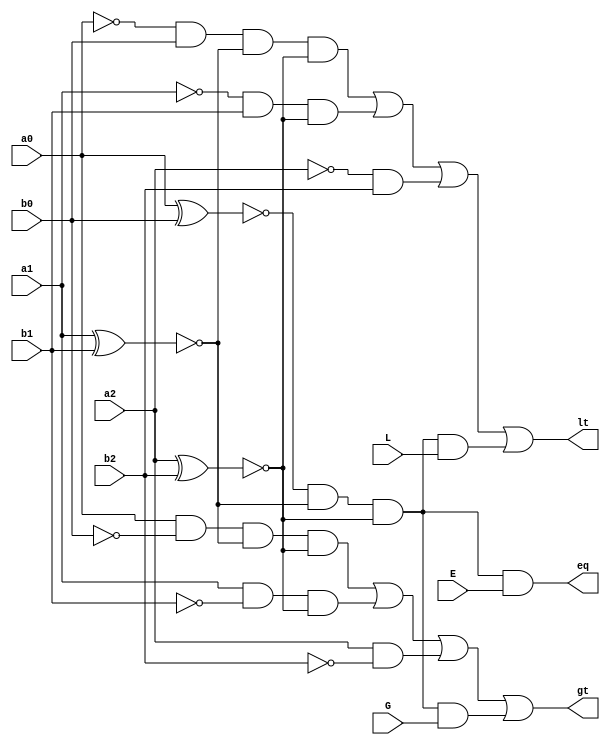
`timescale 1ns / 1ps
//////////////////////////////////////////////////////////////////////////////////
// Company: 
// Engineer: 
// 
// Design Name: 
// Module Name:    comparator_3bit 
// Project Name: 
// Target Devices: 
// Tool versions: 
// Description: 
//
// Dependencies: 
//
// Revision: 
// Revision 0.01 - File Created
// Additional Comments: 
//
//////////////////////////////////////////////////////////////////////////////////
module comparator_3bit(a0, a1, a2, b0, b1, b2, L, E, G, lt, eq, gt);
	input a0, a1, a2, b0, b1, b2, L, E, G;
	output lt, eq, gt;

	wire a0_not, a1_not, a2_not, b0_not, b1_not, b2_not;
	wire x0, x1, x2, w0, w1, w2, w3, w4, w5, w6, w7, w8, w9, w10, w11;
	
	not 
	g0(a0_not, a0),
	g1(a1_not, a1),
	g2(a2_not, a2),
	g3(b0_not, b0),
	g4(b1_not, b1),
	g5(b2_not, b2);
	
	xnor 
	g6(x0, a0, b0),
	g7(x1, a1, b1),
	g8(x2, a2, b2);
	
	and 
	g9(w0, x0, x1, x2),
	g10(w1, a0, b0_not, x1, x2),
	g11(w2, a1, b1_not, x2),
	g12(w3, a2, b2_not),
	g13(w4, a0_not, b0, x1, x2),
	g14(w5, a1_not, b1, x2),
	g15(w6, a2_not, b2);
	
	and
	g16(eq, w0, E), 
	g17(w8, w0, G),
	g18(w9, w0, L);
	
	or
	g19(w10, w1, w2, w3),
	g20(w11, w4, w5, w6);
	
	or
	g21(gt, w10, w8),
	g22(lt, w11, w9);
	


endmodule